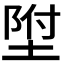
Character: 𡍃